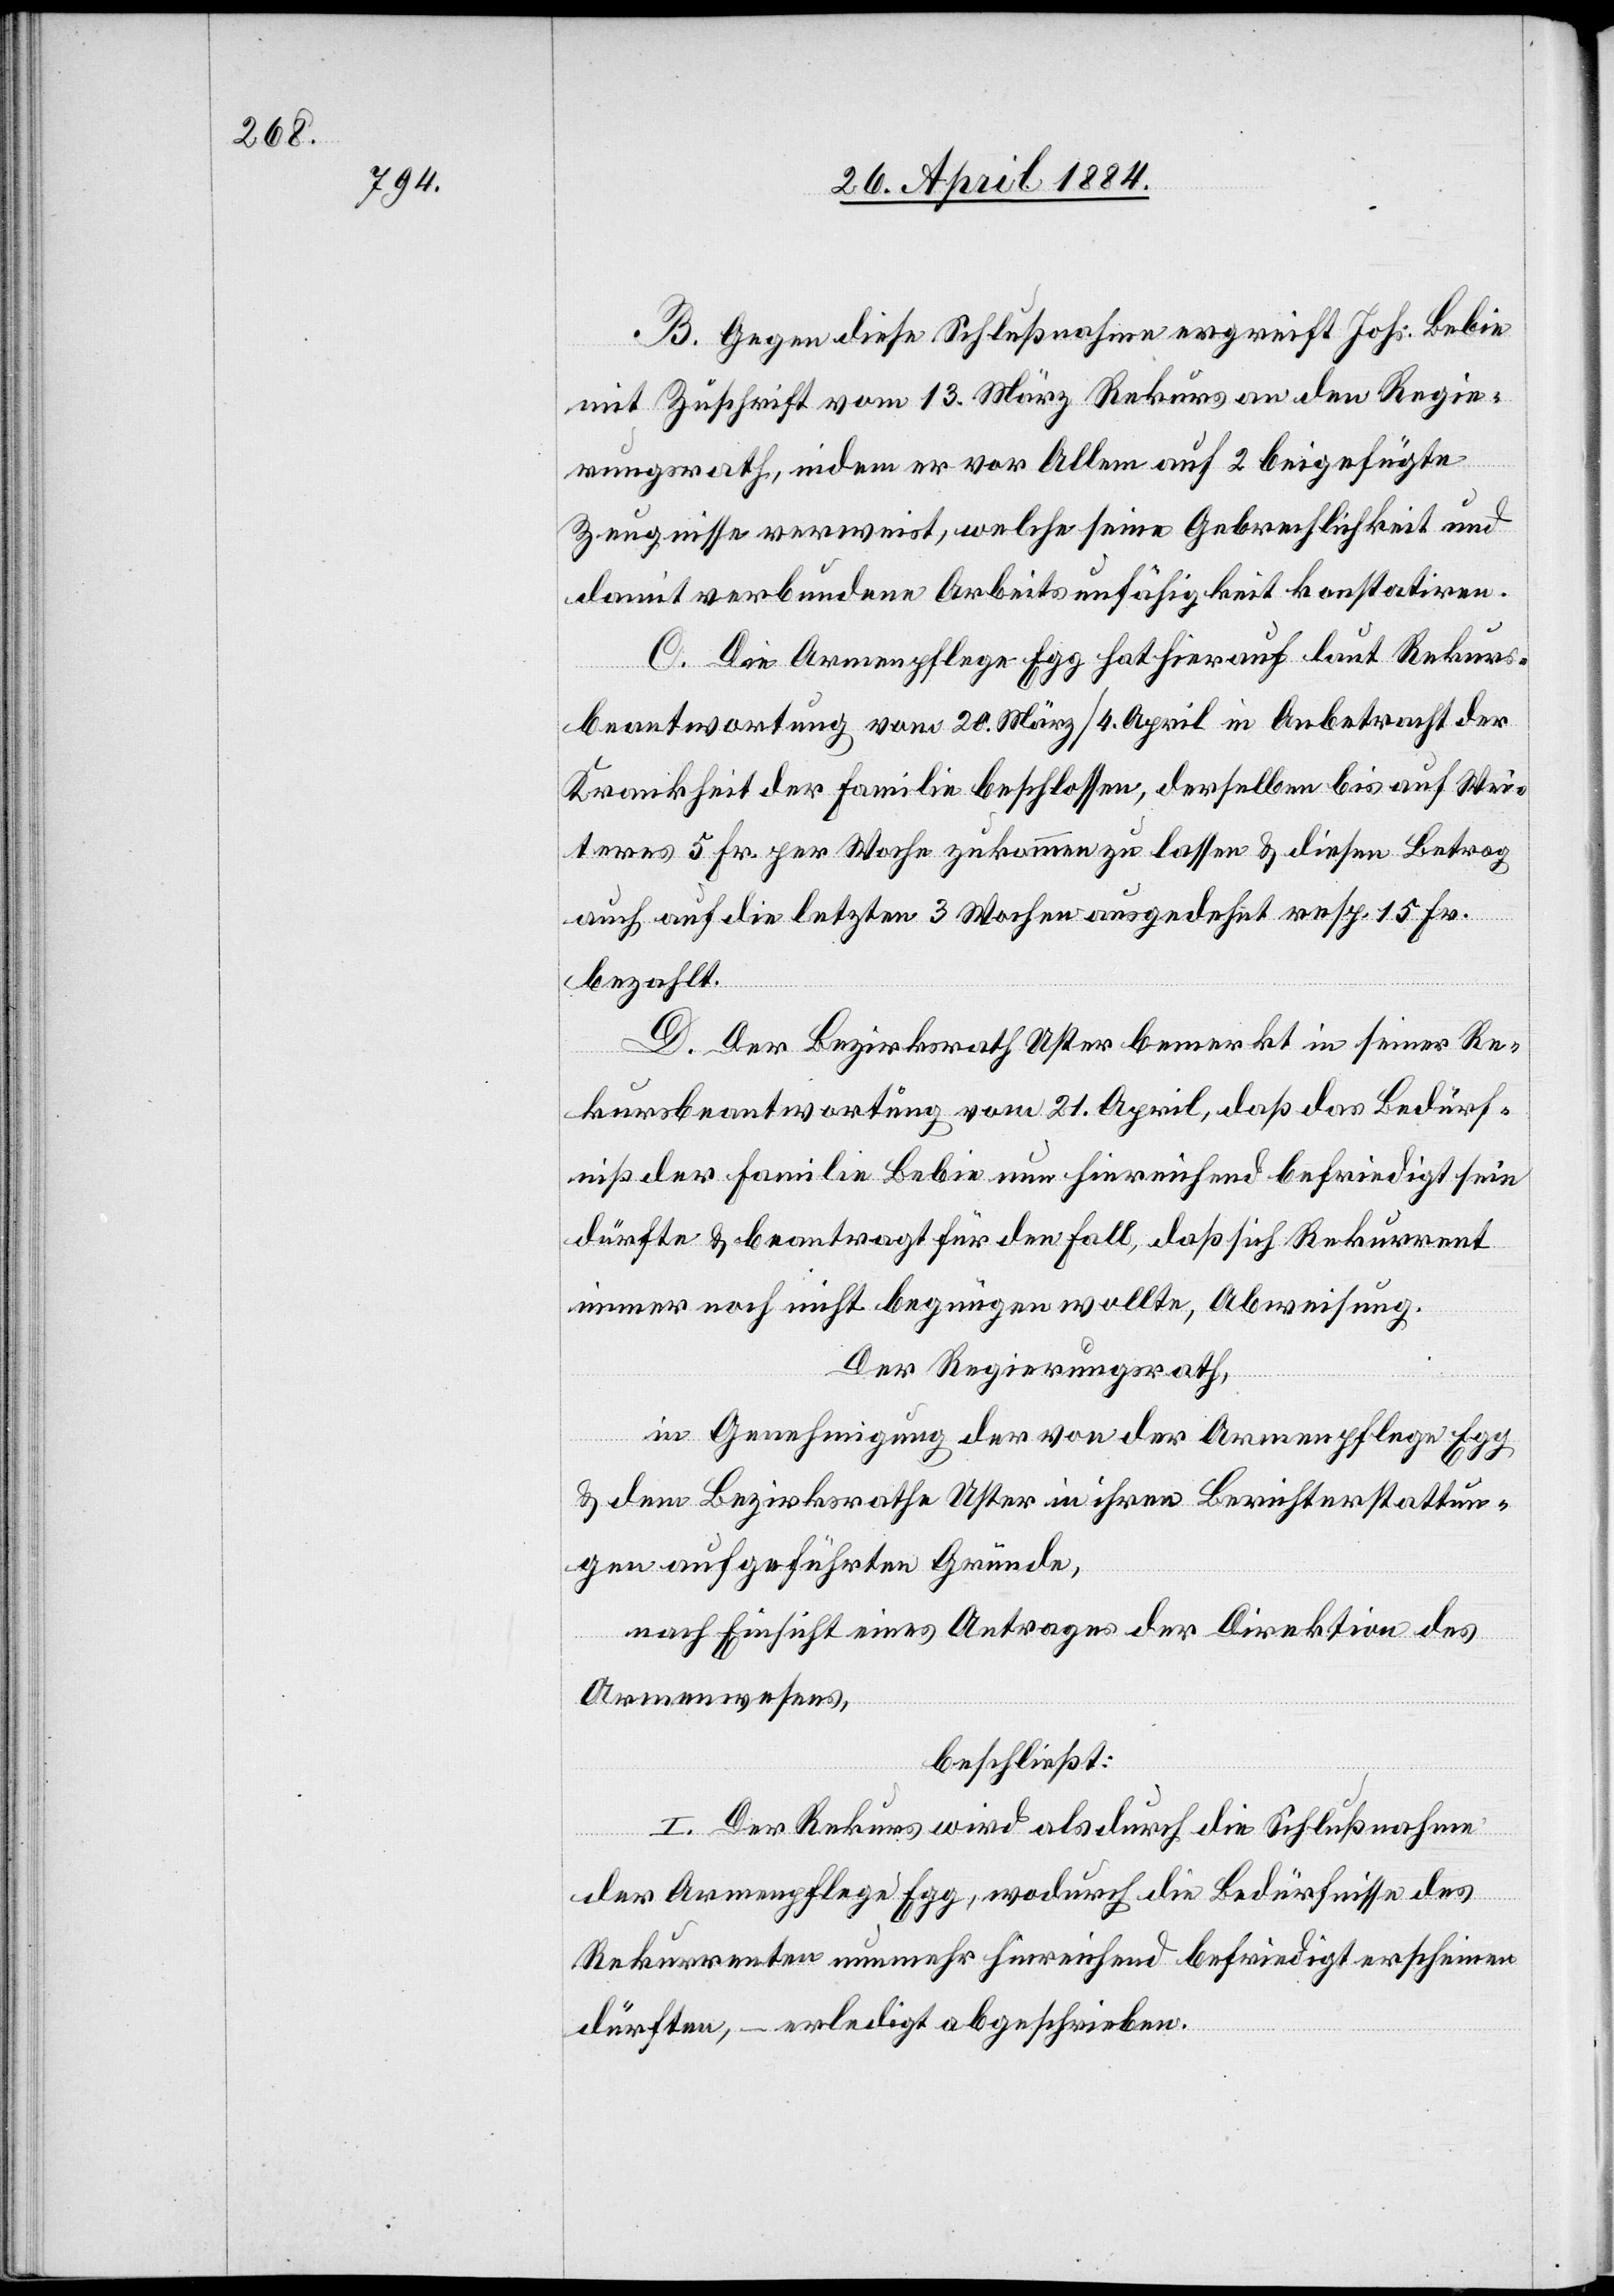
B. Gegen diese Schlußnahme ergreift Johs. Bebie
mit Zuschrift vom 13. März Rekurs an den Regie¬
rungsrath, indem er vor Allem auf 2 beigefügte
Zeugnisse verweist, welche seine Gebrechlichkeit und
damit verbundene Arbeitsunfähigkeit konstatiren.
C. Die Armenpflege Egg hat hierauf laut Rekurs¬
beantwortung vom 20. März / 4. April in Anbetracht der
Krankheit der Familie beschlossen, derselben bis auf Wei¬
teres 5 Fr. per Woche zukommen zu lassen & diesen Betrag
auch auf die letzten 3 Wochen ausgedehnt resp. 15 Fr.
bezahlt.
D. Der Bezirksrath Uster bemerkt in seiner Re¬
kursbeantwortung vom 21. April, daß das Bedürf¬
niß der Familie Bebie nun hinreichend befriedigt sein
dürfte & beantragt für den Fall, daß sich Rekurrent
immer noch nicht begnügen wollte, Abweisung.
Der Regierungsrath,
in Genehmigung der von der Armenpflege Egg
& dem Bezirksrathe Uster in ihren Berichterstattun¬
gen aufgeführten Gründe,
nach Einsicht eines Antrages der Direktion des
Armenwesens,
beschließt:
I. Der Rekurs wird als durch die Schlußnahme
der Armenpflege Egg, wodurch die Bedürfnisse des
Rekurrenten nunmehr hinreichend befriedigt erscheinen
dürften, – erledigt abgeschrieben.